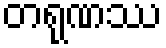
တရုဏဿ